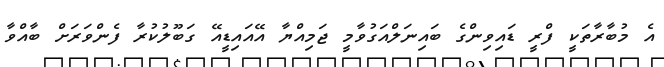
އެ މުބާރާތަކީ ފްރީ ޑައިވިންގެ ބައިނަލްއަގުވާމީ ޖަމިއްޔާ އޭއައިޑީއޭ ގަބޫލުކުރާ ފެންވަރަށް ބާއްވާ